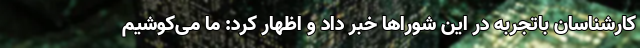
کارشناسان باتجربه در این شوراها خبر داد و اظهار کرد: ما می‌کوشیم